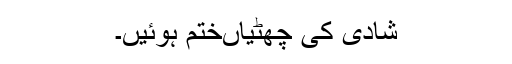
شادی کی چھٹیاںختم ہوئیں۔